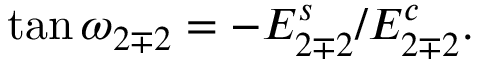
\tan \omega _ { 2 \mp 2 } = - E _ { 2 \mp 2 } ^ { s } / E _ { 2 \mp 2 } ^ { c } .